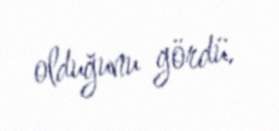
olduğunu gördü.